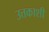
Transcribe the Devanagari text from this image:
उत्तकाशी